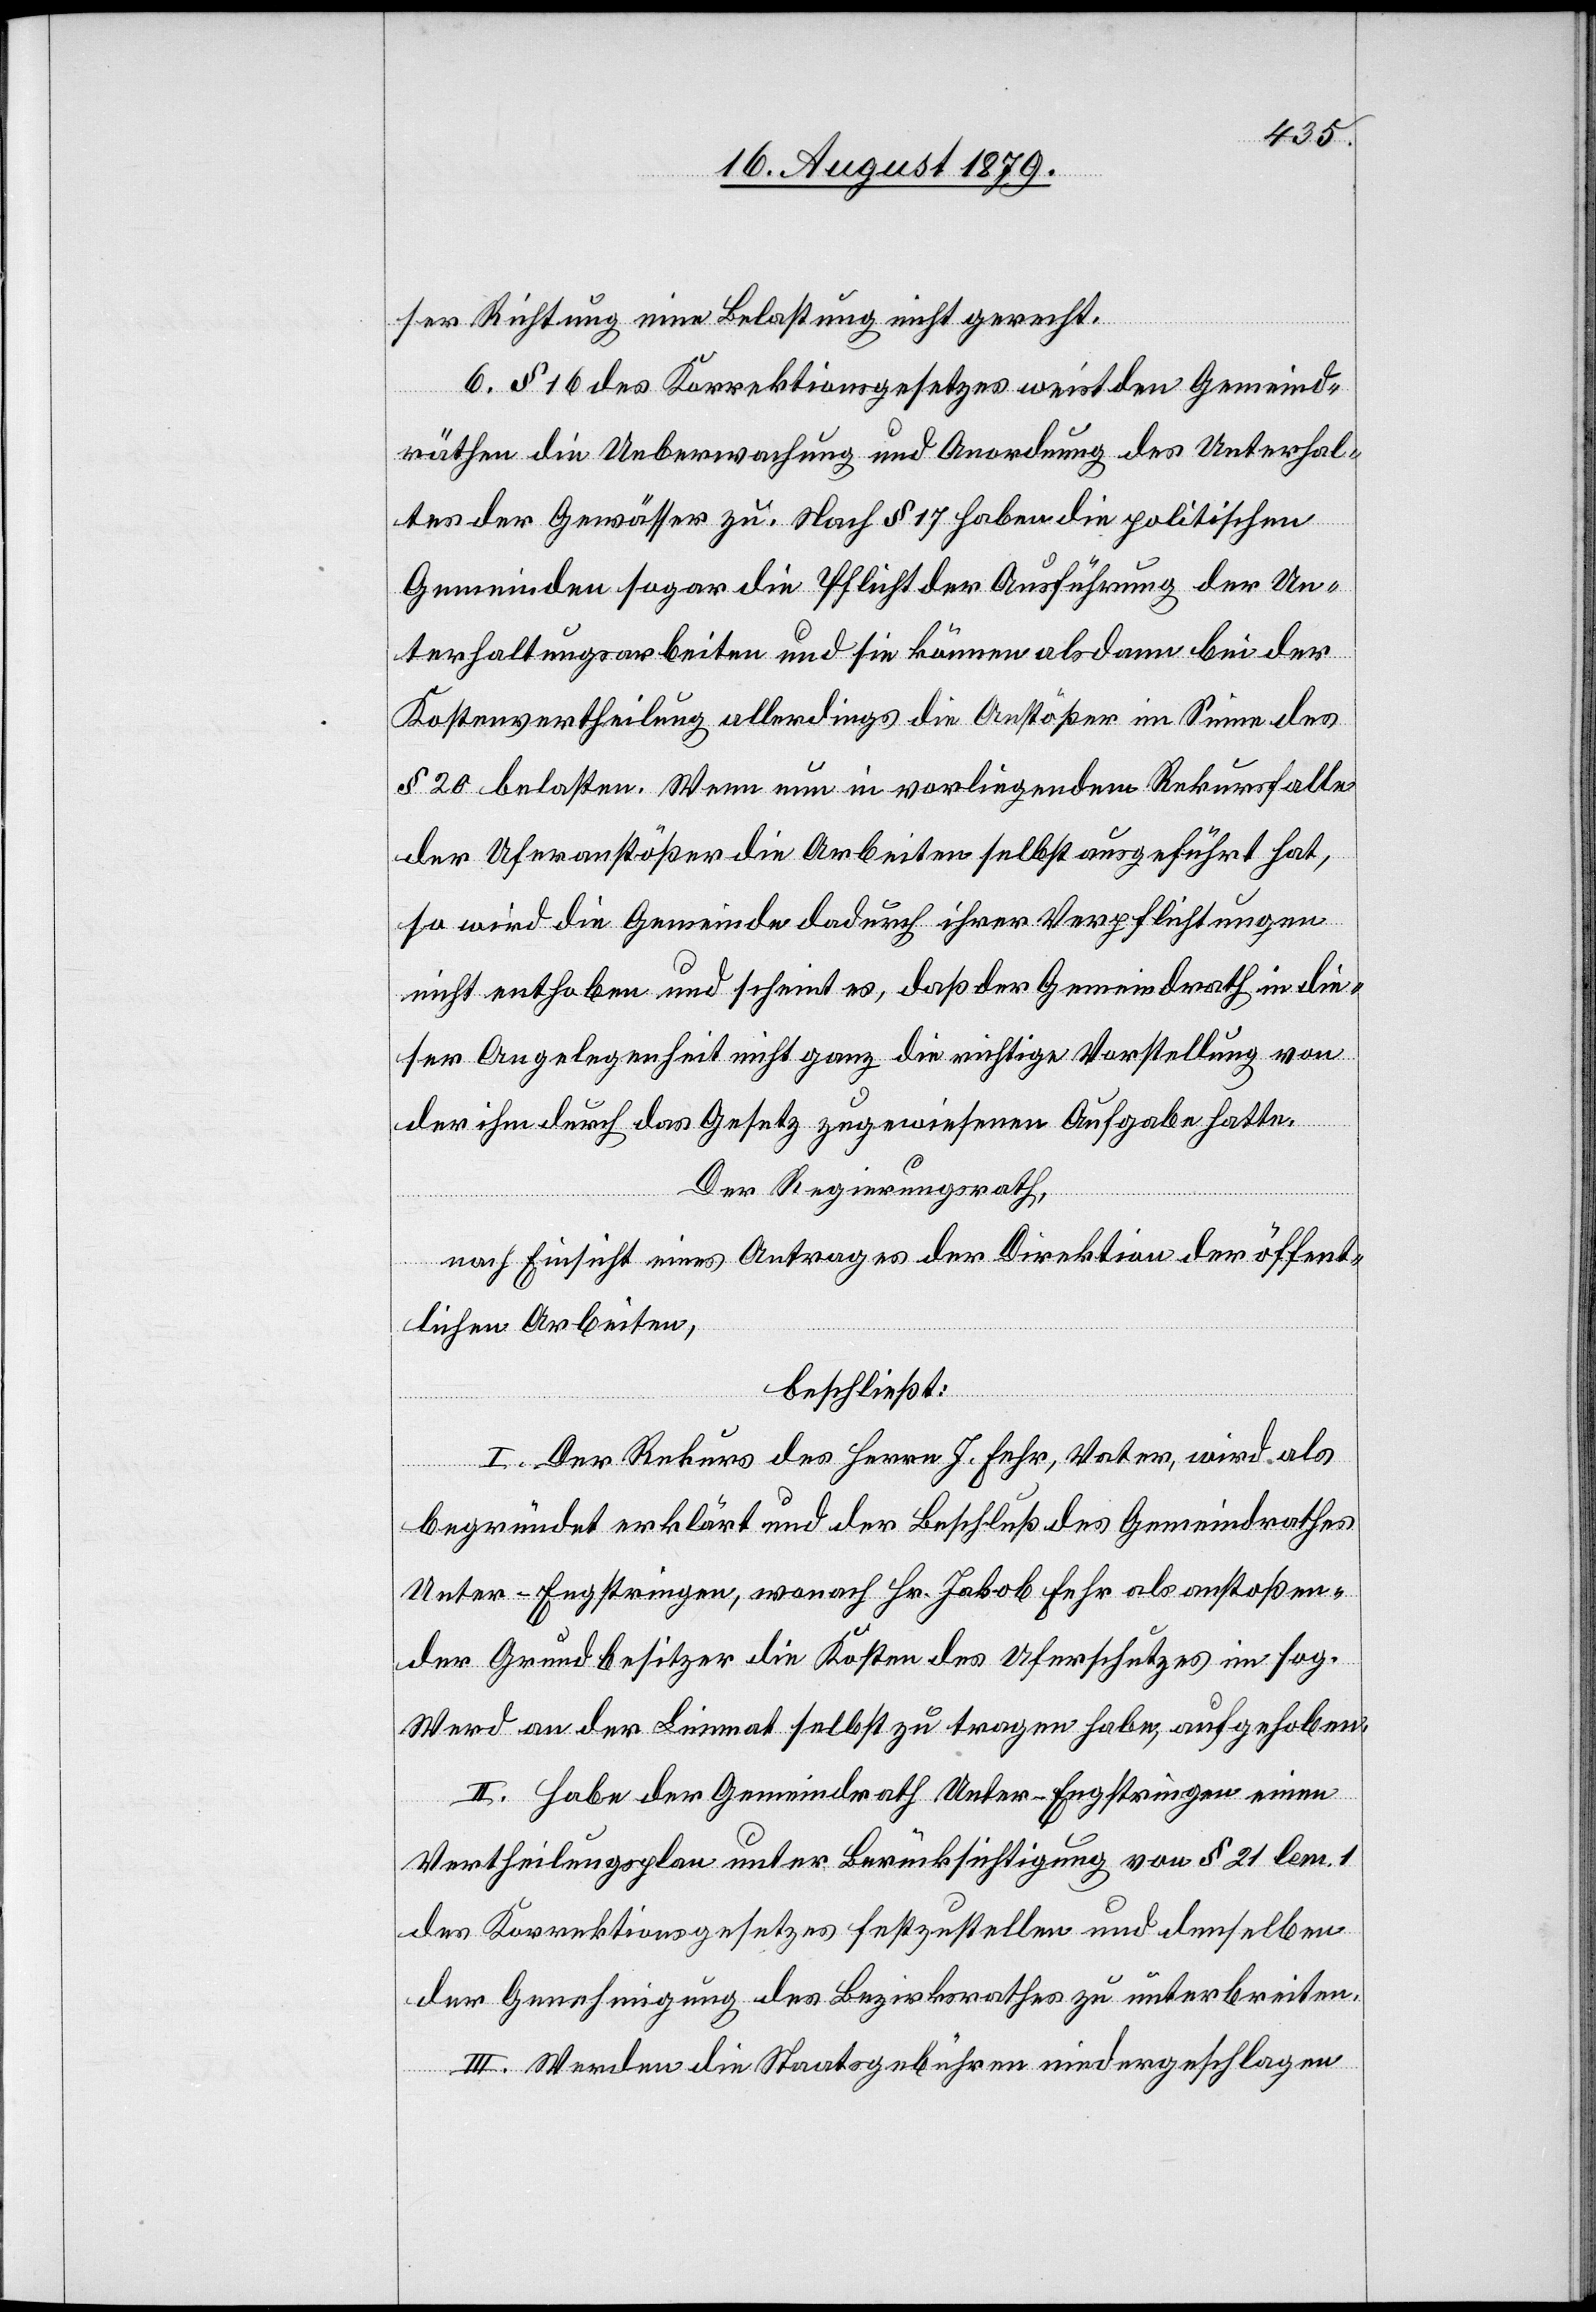
ser Richtung eine Belastung nicht gerecht.
6. § 16 des Korrektionsgesetzes weist den Gemeind¬
räthen die Ueberwachung und Anordnung des Unterhal¬
tes der Gewässer zu. Nach § 17 haben die politischen
Gemeinden sogar die Pflicht der Ausführung der Un¬
terhaltungsarbeiten und sie können alsdann bei der
Kostenvertheilung allerdings die Anstößer im Sinne des
§ 20 belasten. Wenn nun in vorliegendem Rekursfalle
der Uferanstößer die Arbeiten selbst ausgeführt hat,
so wird die Gemeinde dadurch ihrer Verpflichtungen
nicht enthoben und scheint es, daß der Gemeindrath in die¬
ser Angelegenheit nicht ganz die richtige Vorstellung von
der ihm durch das Gesetz zugewiesenen Aufgabe hatte.
Der Regierungsrath,
nach Einsicht eines Antrages der Direktion der öffent¬
lichen Arbeiten,
beschließt:
I. Der Rekurs des Herrn J. Fehr, Vater, wird als
begründet erklärt und der Beschluß des Gemeindrathes
Unter-Engstringen, wonach Hr. Jakob Fehr als anstoßen¬
der Grundbesitzer die Kosten des Uferschutzes in im sog.
Werd an der Limmat selbst zu tragen habe, aufgehoben.
II. Habe der Gemeindrath Unter-Engstringen einen
Vertheilungsplan unter Berücksichtigung von § 21 lem. 1
des Korrektionsgesetzes festzustellen und denselben
der Genehmigung des Bezirksrathes zu unterbreiten.
III. Werden die Staatsgebühren niedergeschlagen